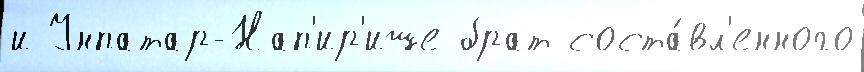
и Унпатар-Нап'ир'ише брат соста́вл'енного